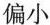
偏小